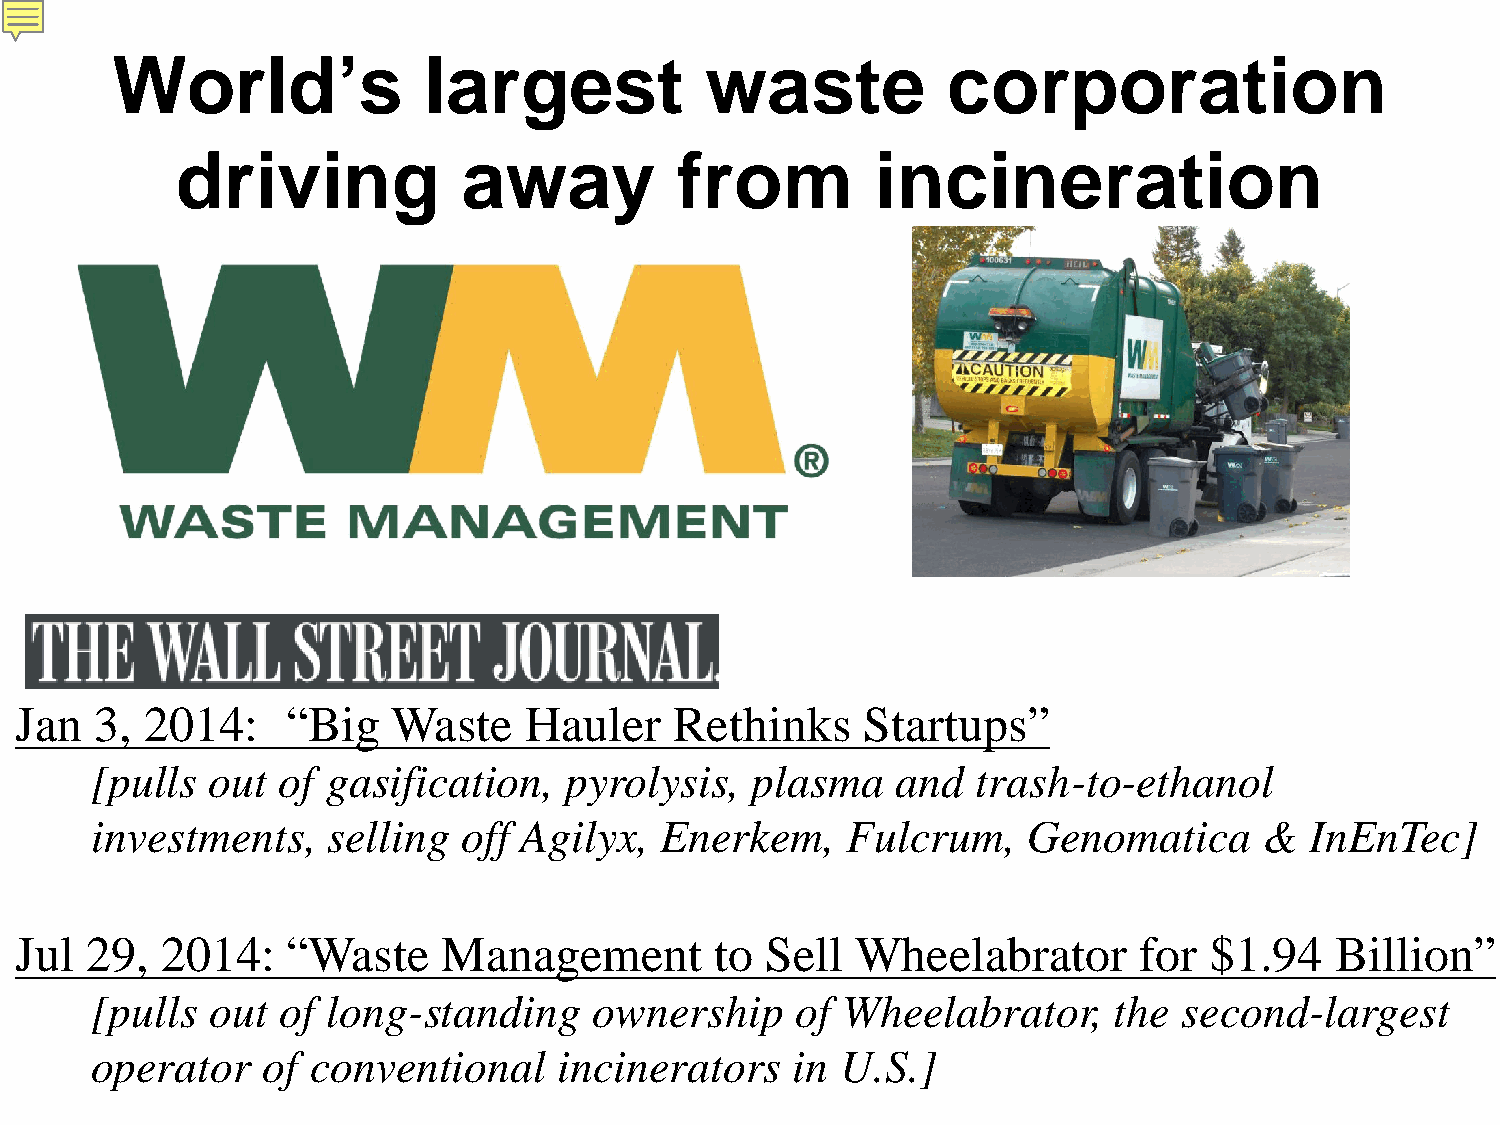
World’s              largest            waste           corporation
 driving            away          from         incineration
 Jan  3,  2014:    “Big   Waste    Hauler    Rethinks    Startups”
 [pulls  out of  gasification,  pyrolysis,   plasma   and   trash-to-ethanol
 investments,    selling  off Agilyx,  Enerkem,    Fulcrum,    Genomatica      &  InEnTec]
 Jul  29,  2014:   “Waste    Management        to  Sell  Wheelabrator      for  $1.94   Billion”
 [pulls  out of  long-standing    ownership     of Wheelabrator,     the second-largest
 operator   of  conventional    incinerators    in U.S.]